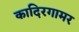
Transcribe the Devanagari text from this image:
कादिरगामर